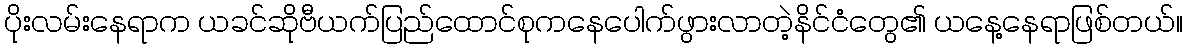
ပိုးလမ်းနေရာက ယခင်ဆိုဗီယက်ပြည်ထောင်စုကနေပေါက်ဖွားလာတဲ့နိင်ငံတွေ၏ ယနေ့နေရာဖြစ်တယ်။